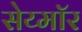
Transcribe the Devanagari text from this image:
सेय्मॉर